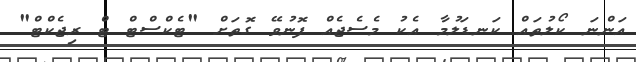
އަންނަ ކޯލުތައް ކަނޑަލުމާ އެކު މެސެޖެއް ފޮނުވޭ ގޮތަށް "ޓެކްސްޓް ޓް ރިޖެކްޓް"